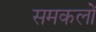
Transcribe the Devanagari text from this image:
समकलों